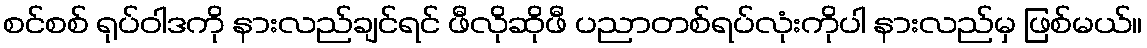
စင်စစ် ရုပ်ဝါဒကို နားလည်ချင်ရင် ဖီလိုဆိုဖီ ပညာတစ်ရပ်လုံးကိုပါ နားလည်မှ ဖြစ်မယ်။